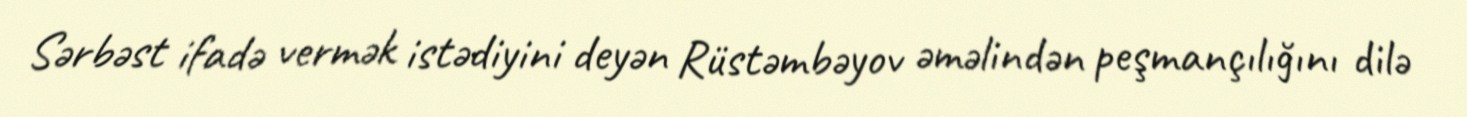
Sərbəst ifadə vermək istədiyini deyən Rüstəmbəyov əməlindən peşmançılığını dilə